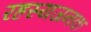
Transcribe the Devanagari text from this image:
रहस्यजनक